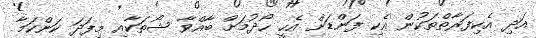
އަދި އެކިފަރާތްތަކުން އެކި ފަންޑަށް އެހީ ހޯދުމަށް ބާއްވާ ޝޯތަކާއި މިފަދަ ކަންކަމާ